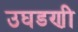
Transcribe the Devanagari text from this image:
उघडणी